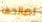
لصالحها